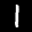
Label: 1